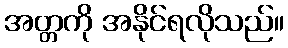
အတ္တကို အနိုင်ရလိုသည်။